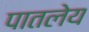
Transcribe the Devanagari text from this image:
पातलेय